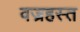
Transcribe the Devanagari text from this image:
वज्रहस्त